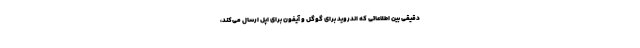
دقیقی بین اطلاعاتی که اندروید برای گوگل و آیفون برای اپل ارسال می‌کند،